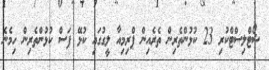
ޝޯޓްލިސްޓްކުރި 23 ކުޅުންތެރިން ތެރެއިން ޕްރިމިއާ ލީގުގައި ކުޅޭ ފަސް ކުޅުންތެރިން ހިމެނެ